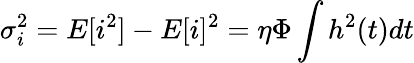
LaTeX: \sigma_{i}^{2}=E[i^{2}]-E[i]^{2}=\eta\Phi\int h^{2}(t)dt